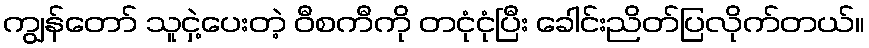
ကျွန်တော် သူငှဲ့ပေးတဲ့ ဝီစကီကို တငုံငုံပြီး ခေါင်းညိတ်ပြလိုက်တယ်။